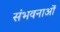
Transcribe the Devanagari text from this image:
संभवनाओं